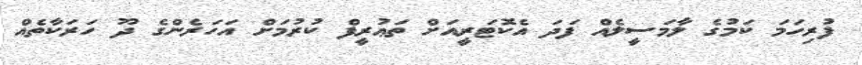
ފުރިހަމަ ކަމުގެ ލާމަސީލެއް ފަދަ އެކޮޓަރީއަށް ތަޢުރީފް ކުރުމަށް އަހަރެންގެ ދޫ ހަރަކާތެއް